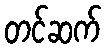
တင်ဆက်